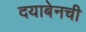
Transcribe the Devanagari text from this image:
दयाबेनची